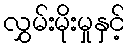
လွှမ်းမိုးမှုနှင့်